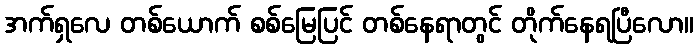
အက်ရှလေ တစ်ယောက် စစ်မြေပြင် တစ်နေရာတွင် တိုက်နေရပြီလော။